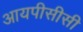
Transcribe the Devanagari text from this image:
आयपीसीसी